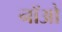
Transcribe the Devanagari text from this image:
नॉओ